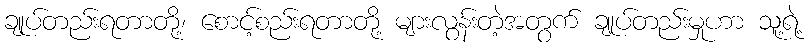
ချုပ်တည်းရတာတို့၊ စောင့်စည်းရတာတို့ များလွန်းတဲ့အတွက် ချုပ်တည်းမှုဟာ သူ့ရဲ့